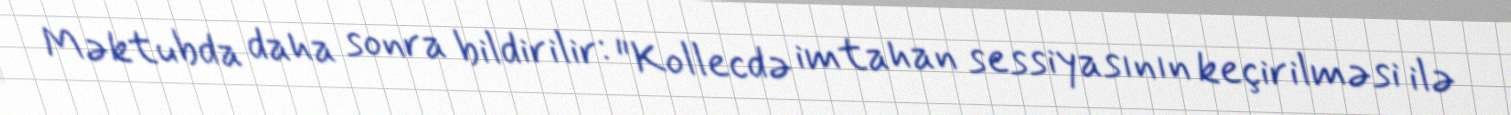
Məktubda daha sonra bildirilir: "Kollecdə imtahan sessiyasının keçirilməsi ilə